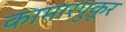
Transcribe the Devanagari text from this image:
कामारपुकूर